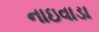
નાઇવાડા